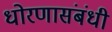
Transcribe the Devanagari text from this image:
धोरणासंबंधी